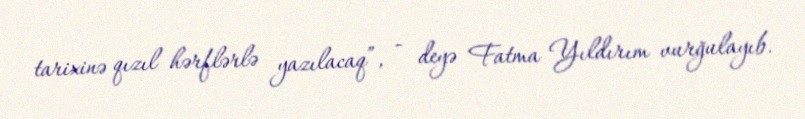
tarixinə qızıl hərflərlə yazılacaq”, - deyə Fatma Yıldırım vurğulayıb.